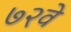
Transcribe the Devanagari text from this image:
७२वे